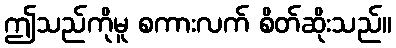
ဤသည်ကိုမူ စကားလက် စိတ်ဆိုးသည်။